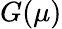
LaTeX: G(\mu)